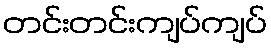
တင်းတင်းကျပ်ကျပ်